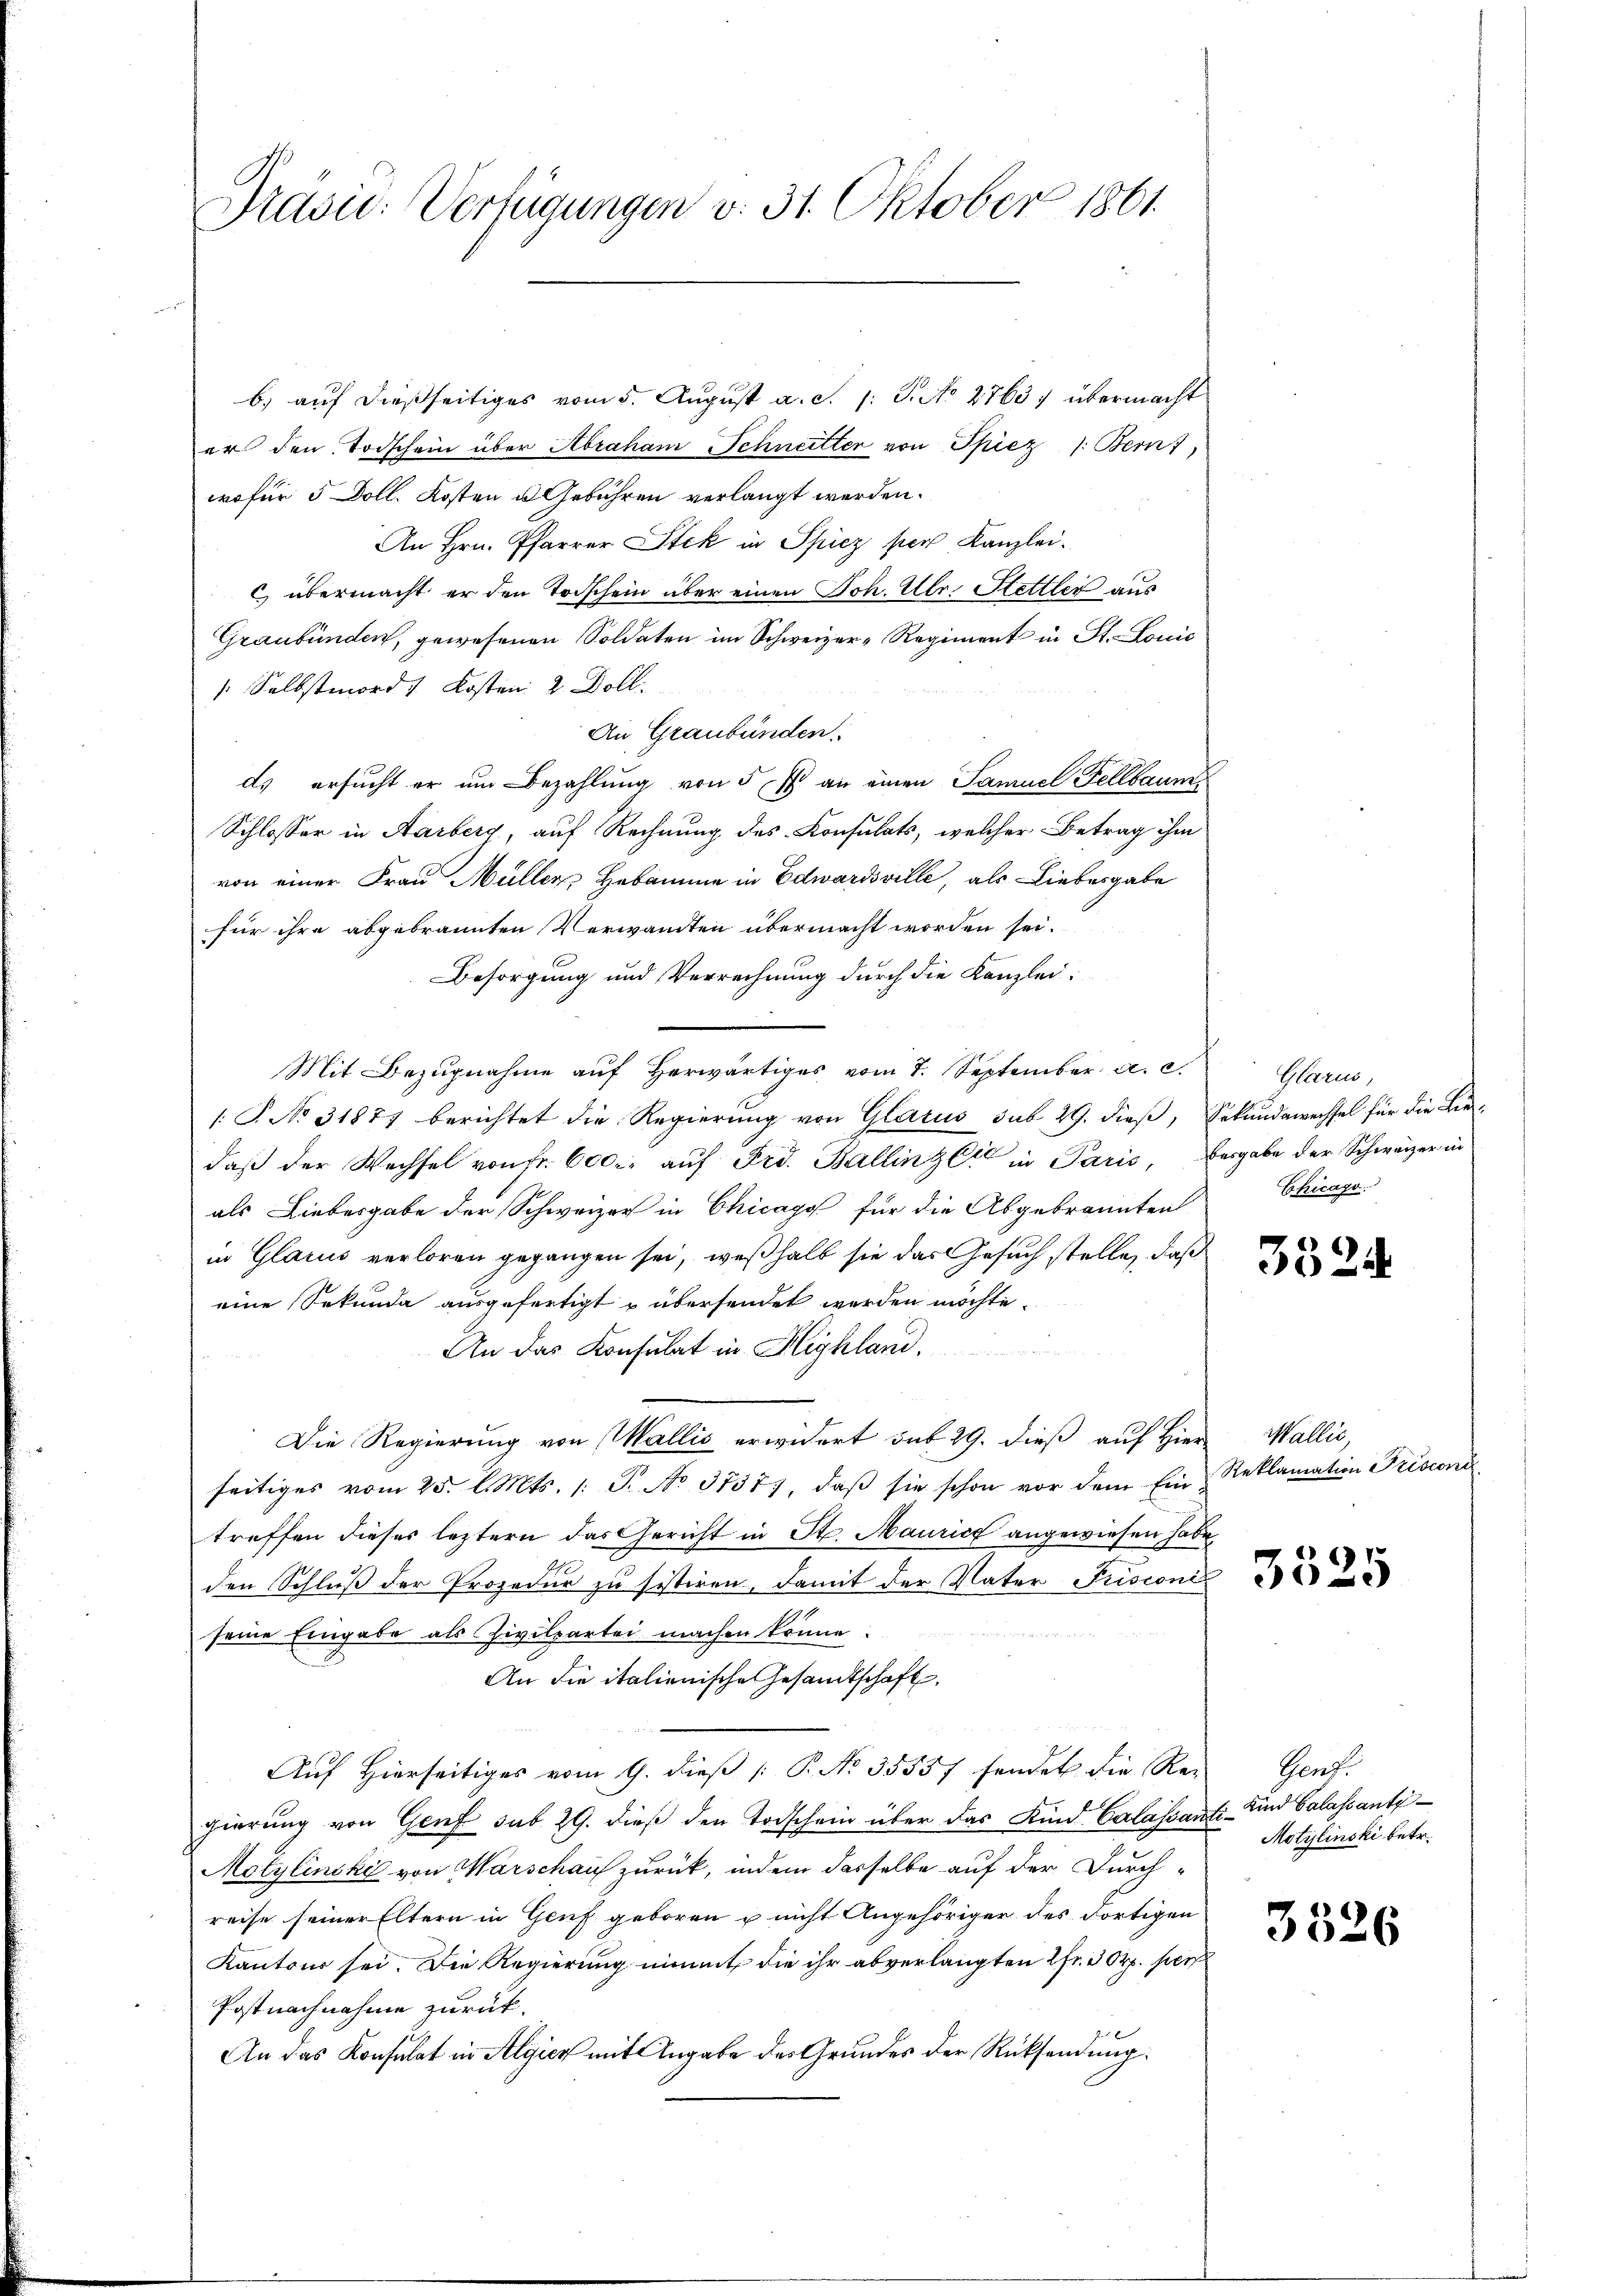
Præsic: Verfügungen v. 31. Oktober 1861

b) auf dießseitiges vom 5. August a. c. s. S. No 2763) übermacht
er den Todschein über Abraham Schneitten von Spiez /: Bern,
wofür 5 Doll. Kosten u Gebühren verlangt werden.
An Hrn. Pfarrer Stek in Spiez per Kanzleic) übermacht er den Todschein über einen Joh. Ulr. Stettler aus
Graubünden, gewesenen Soldaten im Schweizer-Regiment in St. Louis
/: Selbstmord u Kosten 2 Doll.
An Graubünden
ds ersucht er um Bezahlung von 5 f an einen Samuel Fellbaum
Schlosser in Aarberg, auf Rechnung des Konsulats, welcher Betrag ihm
von einer Frau Müller Hebamme in Edwardsville, als Liebergabe
für ihre abgebrannten Verwandten übermacht worden sei.
Besorgung und Verrechnung durch die Kanzlei-
Mit Bezugnahme auf Herwärtiges vom 7. September a. c.
.P. No. 31877 berichtet die Regierŭng von Glarus sub 29. dieβ, Sekundawechsel für die Lie-
daß der Wechsel von fr. 600. auf Frd. Ballinzl in Paris, besgabe der Schweizer in
als Liebesgabe der Schweizer in Chicago für die Abgebrannten
in Glarus verloren gegangen sei, weßhalb sie das Gesuch stelle, daß
eine Sekunda ausgefertigt u übersendet werden möchte.
An das Konsulat in Highland,
Die Regierung von Wallis erwidert sub 29. dieß auf Hier
seitiges vom 25. d. Mts. 1. P. No 3737), daβ sie schon vor dem Ein Reklamation Frisconi
treffen dieses leztern das Gericht in St. Maurich angewiesen habe,
den Schluß der Prozedur zu sistiren, damit der Vater Prision
seine Eingabe als Zivilpartei machen könne.
An die italienische Gesandtschaft,
Auf Hierseitiges vom 9. dieß P. No. 55557 sendet die Re-
gierung von Genf sub 29. dieß den Todschein über das Kind Calaissante- und Calassantr
Motylinski von Warschaus zurück, indem dasselbe auf der Durchreise seiner Eltern in Genf geboren u nicht Angehöriger des Fortigen
Kantons sei. Die Regierung nimmt, die ihr abverlangten Chr.  Orp. pers
Postnachnahme zurück.
An das Konsulat in Algien mit Angabe des Grundes der Rücksendung.

Glarus,
Chicago

3524.

Wallis,

3525

Genf.
Motylinski betr.

3526